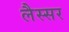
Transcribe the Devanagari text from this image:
लैस्सर